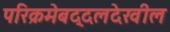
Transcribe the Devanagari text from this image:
परिक्रमेबद्दलदेखील